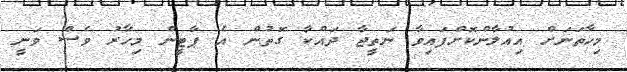
މިހާތަނަށް އިއުލާންކޮށްފައިވާ ނަތީޖާ ދައްކާ ގޮތުން އެ ޕާޓީން މިހާރު ވެސް ވަނީ